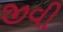
જીવી